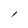
Character: l